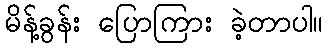
မိန့်ခွန်း ပြောကြား ခဲ့တာပါ။